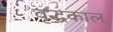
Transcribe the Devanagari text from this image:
वृद्धकाल